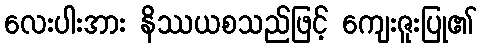
လေးပါးအား နိဿယစသည်ဖြင့် ကျေးဇူးပြု၏